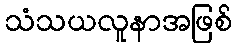
သံသယလူနာအဖြစ်